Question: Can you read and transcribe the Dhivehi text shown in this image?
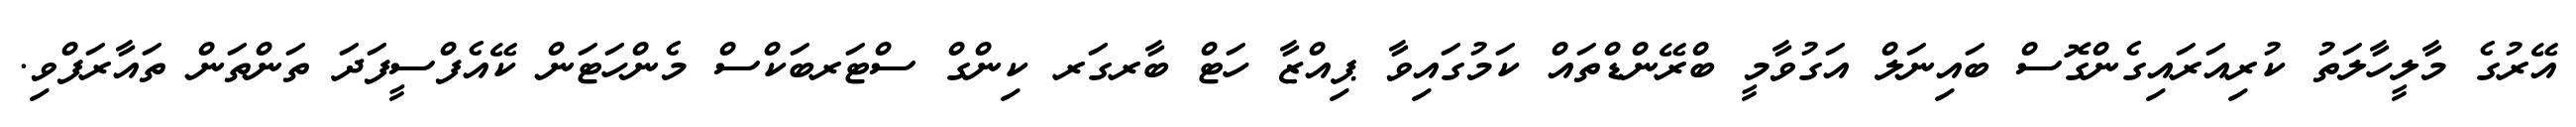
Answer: އޭރުގެ މާލީހާލަތު ކުރިއަރައިގެންގޮސް ބައިނަލް އަގުވާމީ ބްރޭންޑްތައް ކަމުގައިވާ ޕިއްޒާ ހަޓް ބާރގަރ ކިންގް ސްޓަރބަކްސް މެންހަޓަން ކޭއެފްސީފަދަ ތަންތަން ތައާރަފްވި.